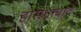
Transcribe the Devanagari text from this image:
होसंगाबाद